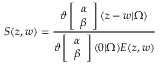
S ( z , w ) = \frac { \vartheta \left[ \begin{array} { c } { { \alpha } } \\ { { \beta } } \end{array} \right] ( z - w | \Omega ) } { \vartheta \left[ \begin{array} { c } { { \alpha } } \\ { { \beta } } \end{array} \right] ( 0 | \Omega ) E ( z , w ) }